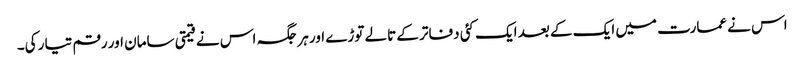
اس نے عمارت میں ایک کے بعد ایک کئی دفاتر کے تالے توڑے اور ہرجگہ اس نے قیمتی سامان اور رقم تیار کی۔